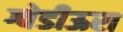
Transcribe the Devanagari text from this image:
ग्वेडीऊरा